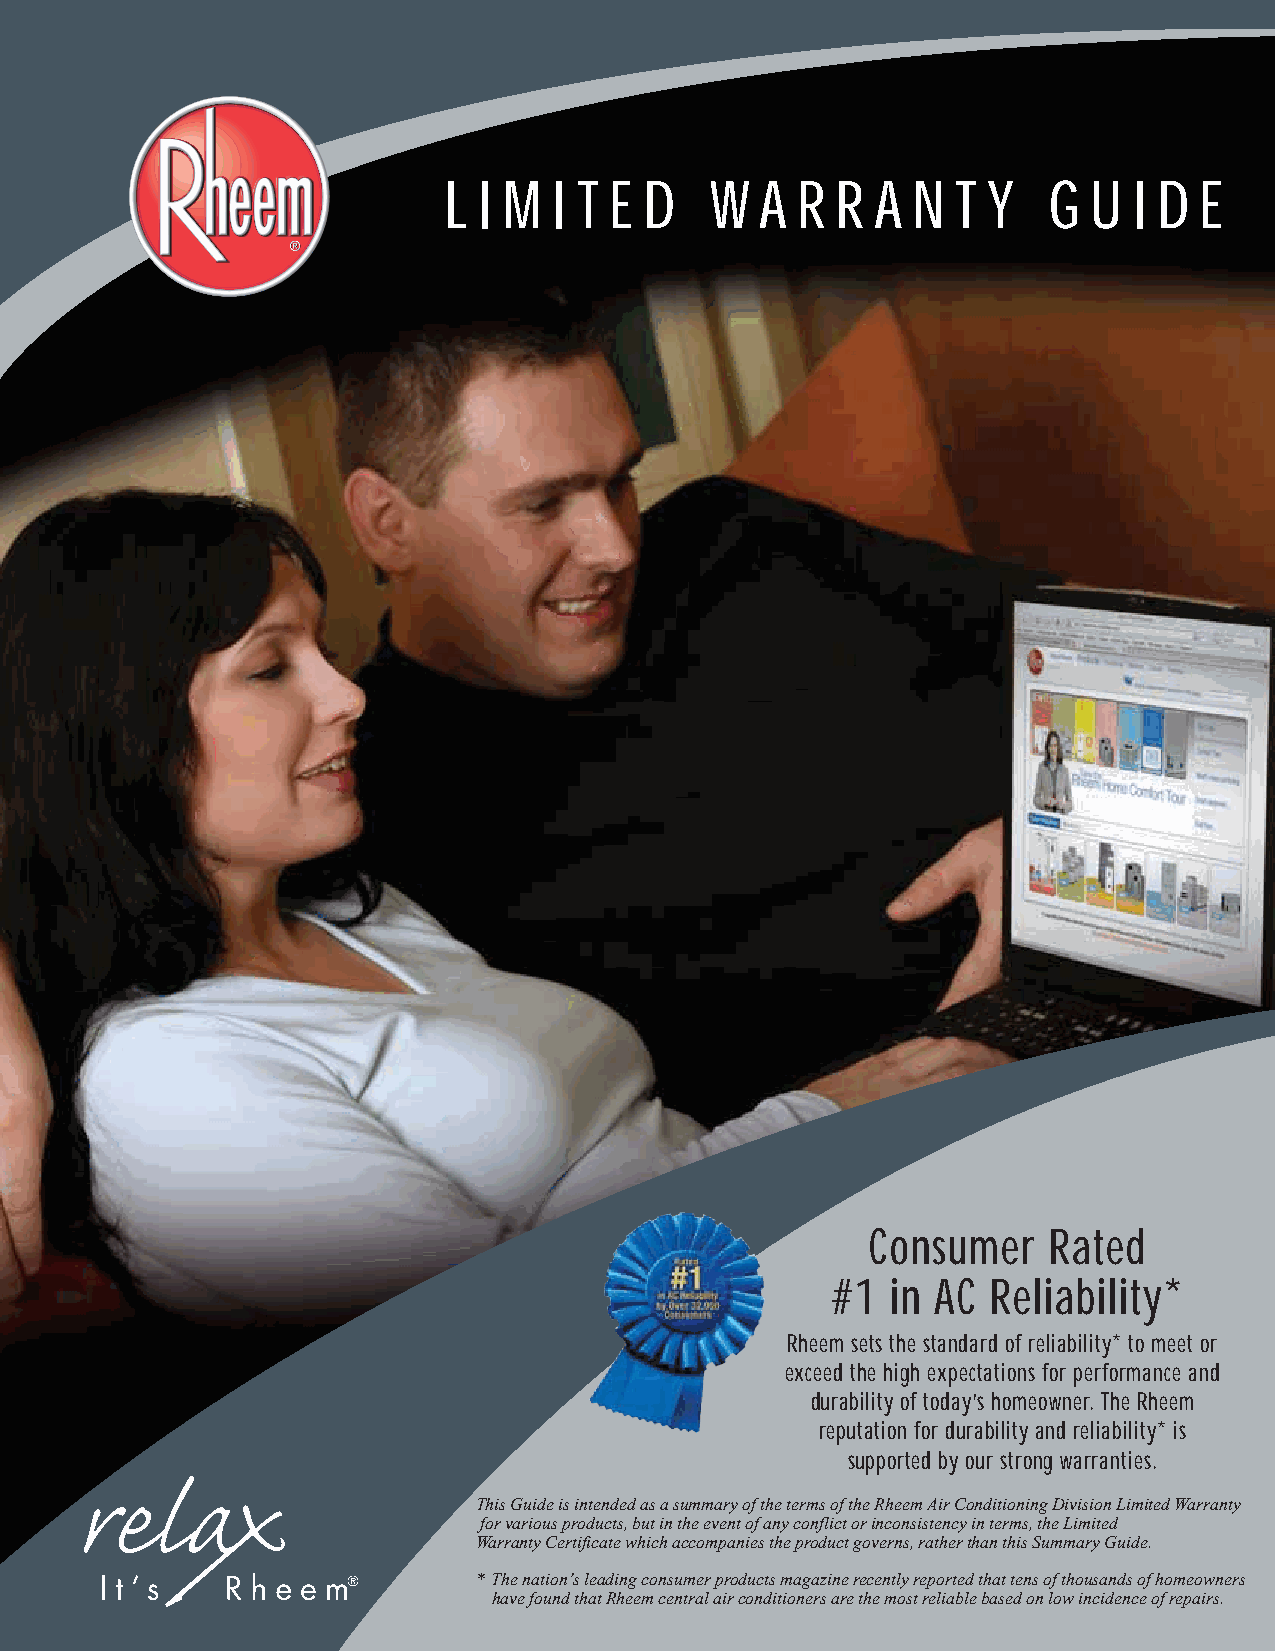
L  I M  I T E D   W  A  R R  A N  T Y   G  U  I D E
 Consumer   Rated
 #1  in AC  Reliability*
 Rheem sets the standard of reliability* to meet or
 exceed the high expectations for performance and
 durability of today’s homeowner. The Rheem
 reputation for durability and reliability* is
 supported by our strong warranties.
 This Guide is intended as a summary of the terms of the Rheem Air Conditioning Division Limited Warranty
 for various products, but in the event of any conflict or inconsistency in terms, the Limited
 Warranty Certificate which accompanies the product governs, rather than this Summary Guide.
 * The nation’s leading consumer products magazine recently reported that tens of thousands of homeowners
 have found that Rheem central air conditioners are the most reliable based on low incidence of repairs.